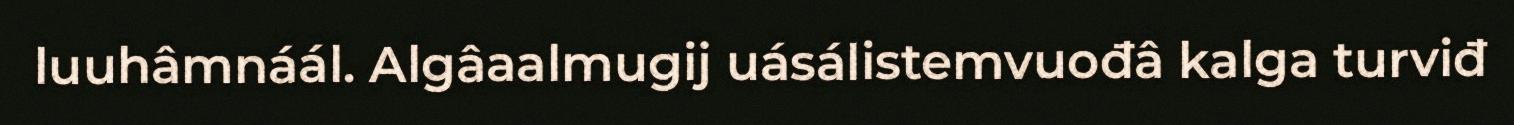
luuhâmnáál. Algâaalmugij uásálistemvuođâ kalga turviđ